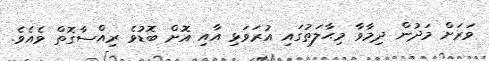
ވަރަށް މަދުން ދިމާވާ މިޙާލަތުގައި އުރަވަޅި އާއި އޮށް ބޮޑުވެ ރިއްސާގޮތް ވެއެވެ.